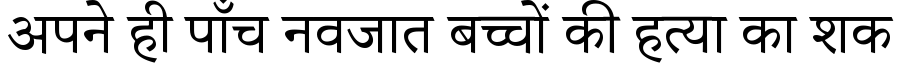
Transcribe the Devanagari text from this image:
अपने ही पाँच नवजात बच्चों की हत्या का शक